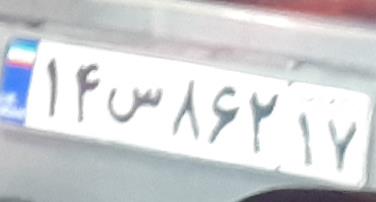
۱۴س۸۶۲۱۷